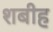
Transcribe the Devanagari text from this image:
शबीह